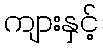
ကျားနှင့်